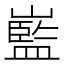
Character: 𡽾